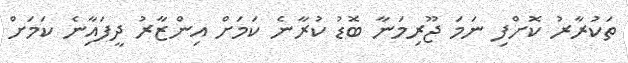
ތަކުރާރު ކޮށްފި ނަމަ ޖޫރިމަނާ ބޮޑު ކުރާނެ ކަމަށް އިންޒާރު ދީފައިާނެ ކަމަށް